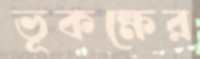
ভূকক্ষের